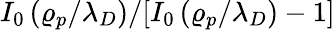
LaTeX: I_{0}\left(\varrho_{p}/\lambda_{D}\right)/[I_{0}\left(\varrho_{p}/\lambda_{D}\right)-1]